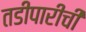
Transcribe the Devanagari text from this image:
तडीपारीची